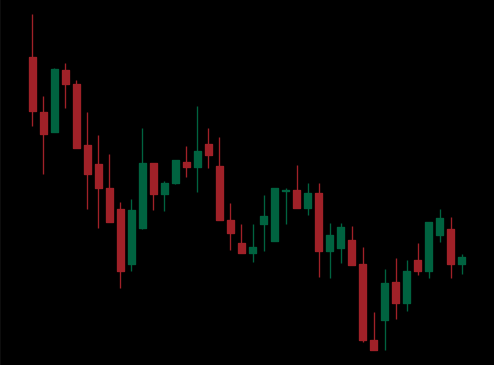
Pattern: unclassified